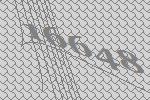
16648